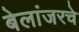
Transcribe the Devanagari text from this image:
बेलांजरचे